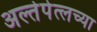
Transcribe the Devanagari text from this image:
अल्तेपेत्लच्या